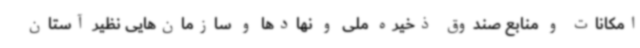
امکانات و منابع صندوق ذخیره ملی و نهادها و سازمان‌هایی نظیر آستان